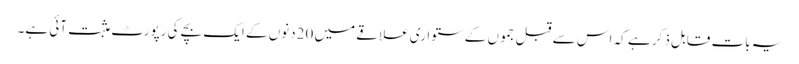
یہ بات قابل ذکر ہے کہ اس سے قبل جموں کے ستواری علاقے میں 20دنوں کے ایک بچے کی رپورٹ مثبت آئی ہے۔